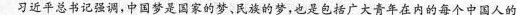
习近平总书记强调，中国梦是国家的梦、民族的梦，也是包括广大青年在内的每个中国人的